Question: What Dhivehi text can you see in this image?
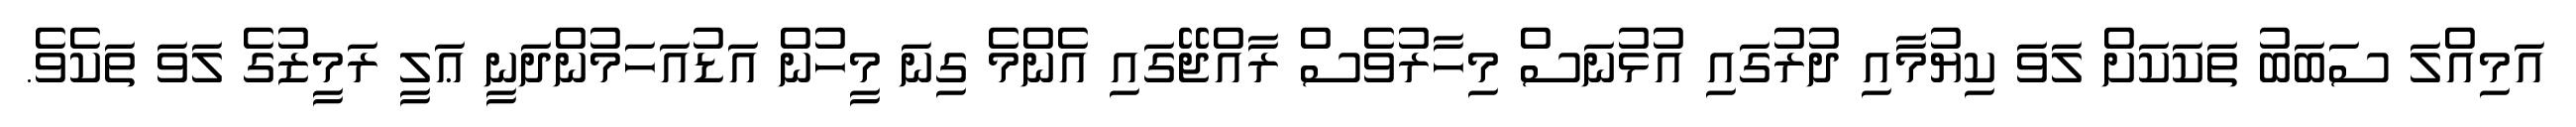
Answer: އަމިއްލަ ސަބަބު ތަކަކަށް ލަވަ ކިޔުމާއި ދުރުގައި އުޅުނަސް މިހާރުވެސް ރާއްޖޭގައި އެންމެ ގިނަ މީހުން އަޑުއަހަމުންދަނީ ޢަލީ ރަމީޒުގެ ލަވަ ތަކެވެ.